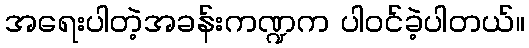
အရေးပါတဲ့အခန်းကဏ္ဍက ပါ၀င်ခဲ့ပါတယ်။